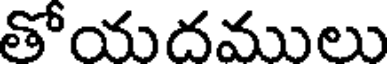
తోయదములు